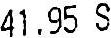
41.95 S